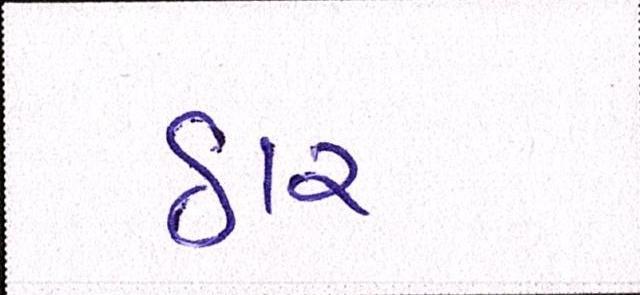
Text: ઠાર